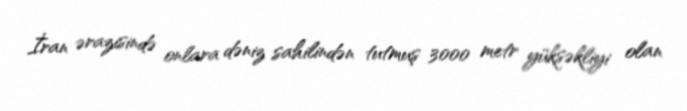
İran ərazisində onlara dəniz sahilindən tutmuş 3000 metr yüksəkliyi olan